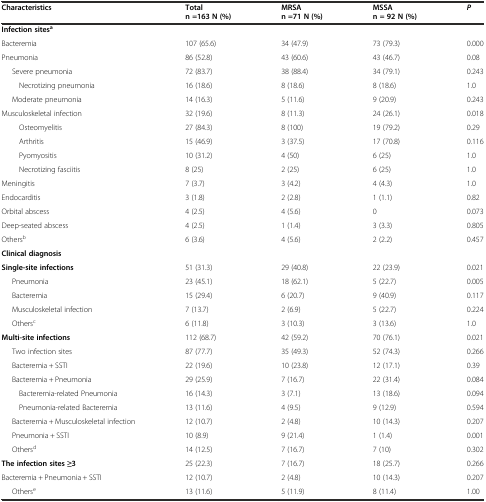
<table><thead><tr><td><b>Characteristics</b></td><td><b>Total n =163 N (%)</b></td><td><b>MRSA n =71 N (%)</b></td><td><b>MSSA n = 92 N (%)</b></td><td><b><i>P</i></b></td></tr></thead><tbody><tr><td><b>Infection sites</b><sup><b>a</b></sup></td><td></td><td></td><td></td><td></td></tr><tr><td>Bacteremia</td><td>107 (65.6)</td><td>34 (47.9)</td><td>73 (79.3)</td><td>0.000</td></tr><tr><td>Pneumonia</td><td>86 (52.8)</td><td>43 (60.6)</td><td>43 (46.7)</td><td>0.08</td></tr><tr><td>Severe pneumonia</td><td>72 (83.7)</td><td>38 (88.4)</td><td>34 (79.1)</td><td>0.243</td></tr><tr><td> Necrotizing pneumonia</td><td>16 (18.6)</td><td>8 (18.6)</td><td>8 (18.6)</td><td>1.0</td></tr><tr><td>Moderate pneumonia</td><td>14 (16.3)</td><td>5 (11.6)</td><td>9 (20.9)</td><td>0.243</td></tr><tr><td>Musculoskeletal infection</td><td>32 (19.6)</td><td>8 (11.3)</td><td>24 (26.1)</td><td>0.018</td></tr><tr><td> Osteomyelitis</td><td>27 (84.3)</td><td>8 (100)</td><td>19 (79.2)</td><td>0.29</td></tr><tr><td> Arthritis</td><td>15 (46.9)</td><td>3 (37.5)</td><td>17 (70.8)</td><td>0.116</td></tr><tr><td> Pyomyositis</td><td>10 (31.2)</td><td>4 (50)</td><td>6 (25)</td><td>1.0</td></tr><tr><td> Necrotizing fasciitis</td><td>8 (25)</td><td>2 (25)</td><td>6 (25)</td><td>1.0</td></tr><tr><td>Meningitis</td><td>7 (3.7)</td><td>3 (4.2)</td><td>4 (4.3)</td><td>1.0</td></tr><tr><td>Endocarditis</td><td>3 (1.8)</td><td>2 (2.8)</td><td>1 (1.1)</td><td>0.82</td></tr><tr><td>Orbital abscess</td><td>4 (2.5)</td><td>4 (5.6)</td><td>0</td><td>0.073</td></tr><tr><td>Deep-seated abscess</td><td>4 (2.5)</td><td>1 (1.4)</td><td>3 (3.3)</td><td>0.805</td></tr><tr><td>Others<sup>b</sup></td><td>6 (3.6)</td><td>4 (5.6)</td><td>2 (2.2)</td><td>0.457</td></tr><tr><td><b>Clinical diagnosis</b></td><td></td><td></td><td></td><td></td></tr><tr><td><b>Single-site infections</b></td><td>51 (31.3)</td><td>29 (40.8)</td><td>22 (23.9)</td><td>0.021</td></tr><tr><td>Pneumonia</td><td>23 (45.1)</td><td>18 (62.1)</td><td>5 (22.7)</td><td>0.005</td></tr><tr><td>Bacteremia</td><td>15 (29.4)</td><td>6 (20.7)</td><td>9 (40.9)</td><td>0.117</td></tr><tr><td>Musculoskeletal infection</td><td>7 (13.7)</td><td>2 (6.9)</td><td>5 (22.7)</td><td>0.224</td></tr><tr><td>Others<sup>c</sup></td><td>6 (11.8)</td><td>3 (10.3)</td><td>3 (13.6)</td><td>1.0</td></tr><tr><td><b>Multi-site infections</b></td><td>112 (68.7)</td><td>42 (59.2)</td><td>70 (76.1)</td><td>0.021</td></tr><tr><td>Two infection sites</td><td>87 (77.7)</td><td>35 (49.3)</td><td>52 (74.3)</td><td>0.266</td></tr><tr><td>Bacteremia + SSTI</td><td>22 (19.6)</td><td>10 (23.8)</td><td>12 (17.1)</td><td>0.39</td></tr><tr><td>Bacteremia + Pneumonia</td><td>29 (25.9)</td><td>7 (16.7)</td><td>22 (31.4)</td><td>0.084</td></tr><tr><td> Bacteremia-related Pneumonia</td><td>16 (14.3)</td><td>3 (7.1)</td><td>13 (18.6)</td><td>0.094</td></tr><tr><td> Pneumonia-related Bacteremia</td><td>13 (11.6)</td><td>4 (9.5)</td><td>9 (12.9)</td><td>0.594</td></tr><tr><td>Bacteremia + Musculoskeletal infection</td><td>12 (10.7)</td><td>2 (4.8)</td><td>10 (14.3)</td><td>0.207</td></tr><tr><td>Pneumonia + SSTI</td><td>10 (8.9)</td><td>9 (21.4)</td><td>1 (1.4)</td><td>0.001</td></tr><tr><td>Others<sup>d</sup></td><td>14 (12.5)</td><td>7 (16.7)</td><td>7 (10)</td><td>0.302</td></tr><tr><td><b>The infection sites ≥3</b></td><td>25 (22.3)</td><td>7 (16.7)</td><td>18 (25.7)</td><td>0.266</td></tr><tr><td>Bacteremia + Pneumonia + SSTI</td><td>12 (10.7)</td><td>2 (4.8)</td><td>10 (14.3)</td><td>0.207</td></tr><tr><td>Others<sup>e</sup></td><td>13 (11.6)</td><td>5 (11.9)</td><td>8 (11.4)</td><td>1.00</td></tr></tbody></table>